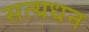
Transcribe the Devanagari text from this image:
सत्यधन